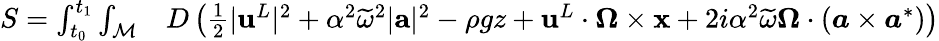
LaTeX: \begin{array}{rl}{S=\int_{t_{0}}^{t_{1}}\int_{\mathcal{M}}}&{{}{D}\left(\frac 12|{\mathbf{u}}^{L}|^{2}+\alpha^{2}\widetilde{\omega}^{2}|{\mathbf{a}}|^{2}-\rho gz+{\mathbf{u}}^{L}\cdot\boldsymbol{\Omega}\times{\mathbf{x}}+2i\alpha^{2}\widetilde{\omega}\boldsymbol{\Omega}\cdot(\boldsymbol{a}\times\boldsymbol{a}^{*})\right)}\end{array}